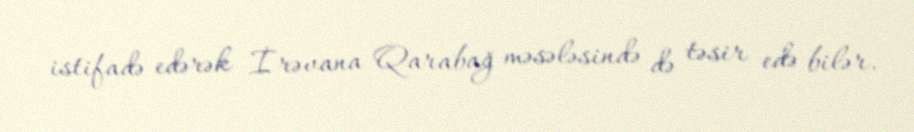
istifadə edərək İrəvana Qarabağ məsələsində də təsir edə bilər.